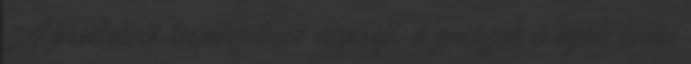
A produkció természetesen vérprofi, a zenészek is azok óriási